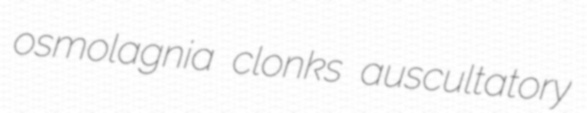
osmolagnia clonks auscultatory